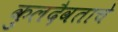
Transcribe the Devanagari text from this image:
कुलदैवताचे